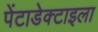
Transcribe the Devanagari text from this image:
पेंटाडेक्टाइला